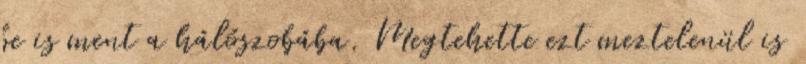
be is ment a hálószobába. Megtehette ezt meztelenül is